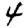
Digit: 4